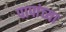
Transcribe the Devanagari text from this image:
पापांच्‍या